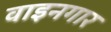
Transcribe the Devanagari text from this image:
वाइनगार